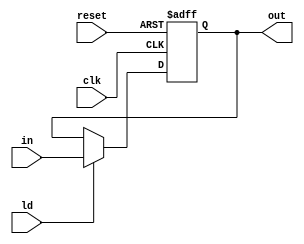
`timescale 1ns / 1ps
//////////////////////////////////////////////////////////////////////////////////
// Company: 
// Engineer: 
// 
// Design Name: 
// Module Name: shreg
// Project Name: 
// Target Devices: 
// Tool Versions: 
// Description: 
// 
// Dependencies: 
// 
// Revision:
// Revision 0.01 - File Created
// Additional Comments:
// 
//////////////////////////////////////////////////////////////////////////////////


module shreg(output reg [7:0] out, input [7:0] in, input ld,clk,reset);
always @(posedge clk, posedge reset)
begin
    if(reset) out <= 0;
    else if(ld) out <= in;
end
endmodule